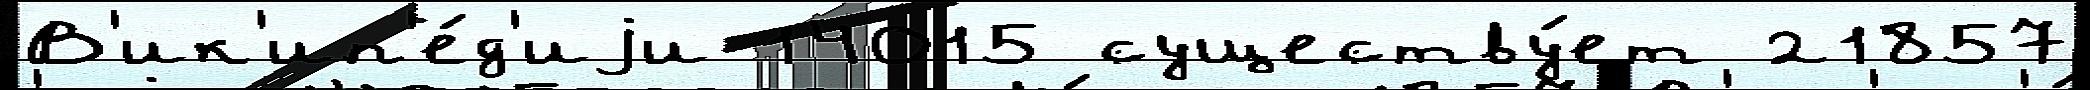
В'ик'ип'е́д'иjи 14015 существу́ет 21857